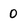
Character: 0